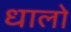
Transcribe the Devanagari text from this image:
धालो